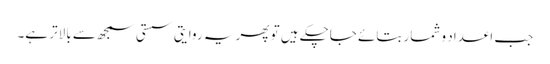
جب اعداد و شمار بتائے جاچکے ہیں تو پھر یہ روایتی سستی سمجھ سے بالاتر ہے۔